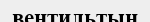
вентильтың